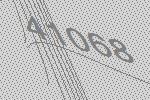
41068